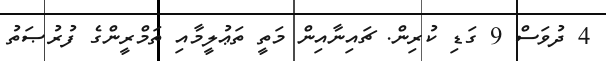
4 ދުވަސް 9 ގަޑި ކުރިން. ޗައިނާއިން މަތީ ތަޢުލީމާއި ތަމްރީންގެ ފުރުޞަތު